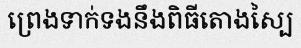
ព្រេងទាក់ទងនឹងពិធីតោងស្បៃ